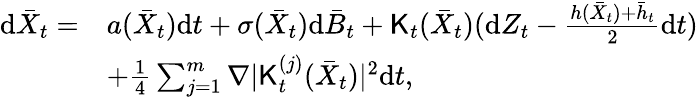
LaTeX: \begin{array}{rl}{\mathrm{d}\bar{X}_{t}=}&{a(\bar{X}_{t})\mathrm{d}t+\sigma(\bar{X}_{t})\mathrm{d}\bar{B}_{t}+{\sf K}_{t}(\bar{X}_{t})(\mathrm{d}Z_{t}-\frac{h(\bar{X}_{t})+\bar{h}_{t}}{2}\mathrm{d}t)}\\ &{+\frac{1}{4}\sum_{j=1}^{m}\nabla|{\sf K}_{t}^{(j)}(\bar{X}_{t})|^{2}\mathrm{d}t,}\end{array}